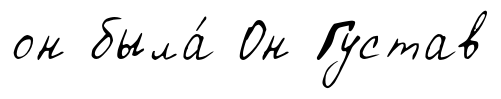
он была́ Он Густав